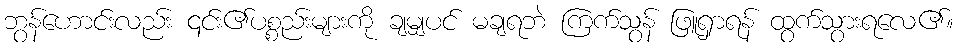
ဘွန်ဟောင်းလည်း ၎င်း၏ပစ္စည်းများကို ချမျှပင် မချရဘဲ ကြက်သွန် ဖြူရှာရန် ထွက်သွားရလေ၏။